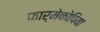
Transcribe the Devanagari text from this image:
फार्मेकोपिया